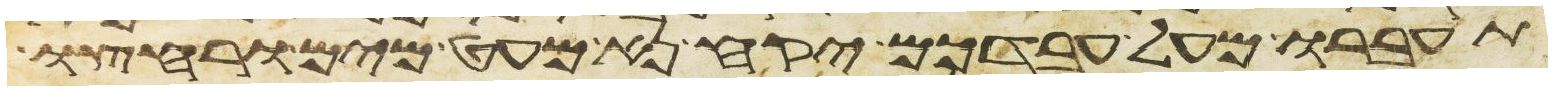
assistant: תעברו מעל עבדכם יקח נא מעט מים ורחצו